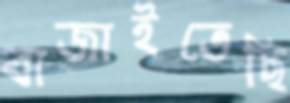
বাজাইতেছি